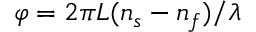
\varphi = 2 \pi L ( n _ { \mathnormal { s } } - n _ { \mathnormal { f } } ) / \lambda